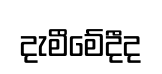
දැමීමේදීද